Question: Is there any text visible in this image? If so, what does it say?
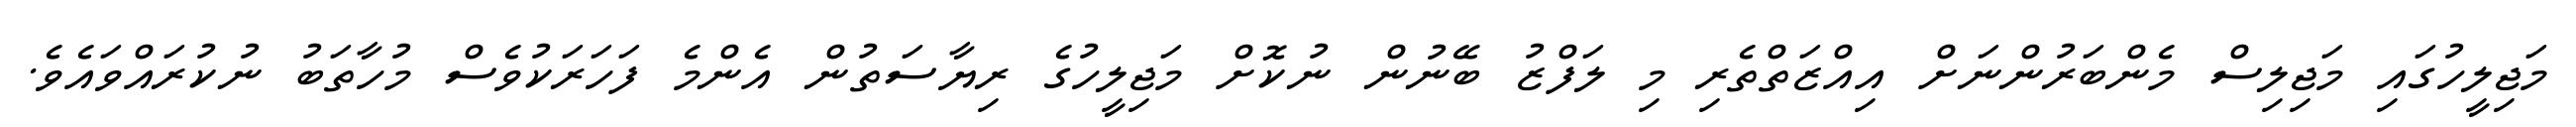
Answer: މަޖިލީހުގައި މަޖިލިސް މެންބަރުންނަށް އިއްޒަތްތެރި މި ލަފްޒު ބޭނުން ނުކޮށް މަޖިލީހުގެ ރިޔާސަތުން އެންމެ ފަހަރަކުވެސް މުހާތަބު ނުކުރައްވައެވެ.